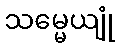
သမ္မေယျုံ